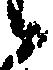
候